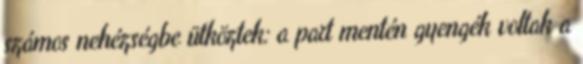
számos nehézségbe ütköztek: a part mentén gyengék voltak a